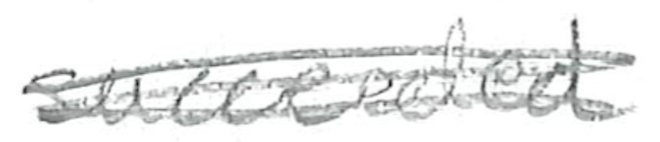
Text: succeeded
Cross-out: scratch
Writing tool: pencil